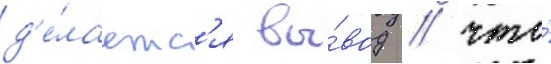
д'е́лаетс'я вы́вод / что́